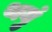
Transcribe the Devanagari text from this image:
थयुं